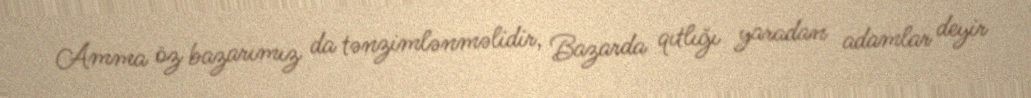
Amma öz bazarımız da tənzimlənməlidir, Bazarda qıtlığı yaradan adamlar deyir